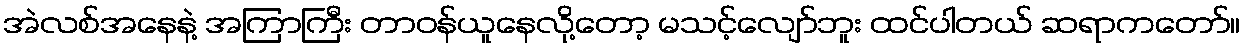
အဲလစ်အနေနဲ့ အကြာကြီး တာဝန်ယူနေလို့တော့ မသင့်လျော်ဘူး ထင်ပါတယ် ဆရာကတော်။